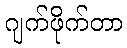
ဂျက်ဖိုက်တာ